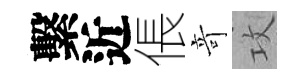
繫近倀竒攻